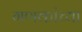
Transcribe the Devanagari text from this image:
गणकांच्या